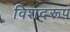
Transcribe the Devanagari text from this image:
विशदरूप